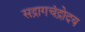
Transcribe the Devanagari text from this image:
सद्रागचंद्रोदय